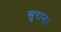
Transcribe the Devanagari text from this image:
सुरान्।